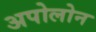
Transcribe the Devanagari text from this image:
अपोलोन